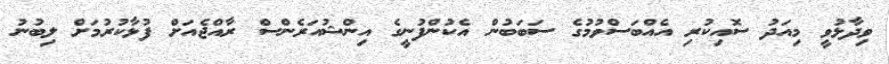
ވިދާޅުވީ މިއަދު ސޮއިކުރި އެއްބަސްވުމުގެ ސަބަބުން އެކުންފުނީގެ އިންޝުއަރެންސް ރާއްޖެއަށް ފުޅާކުރުމަށް ލިބުނު